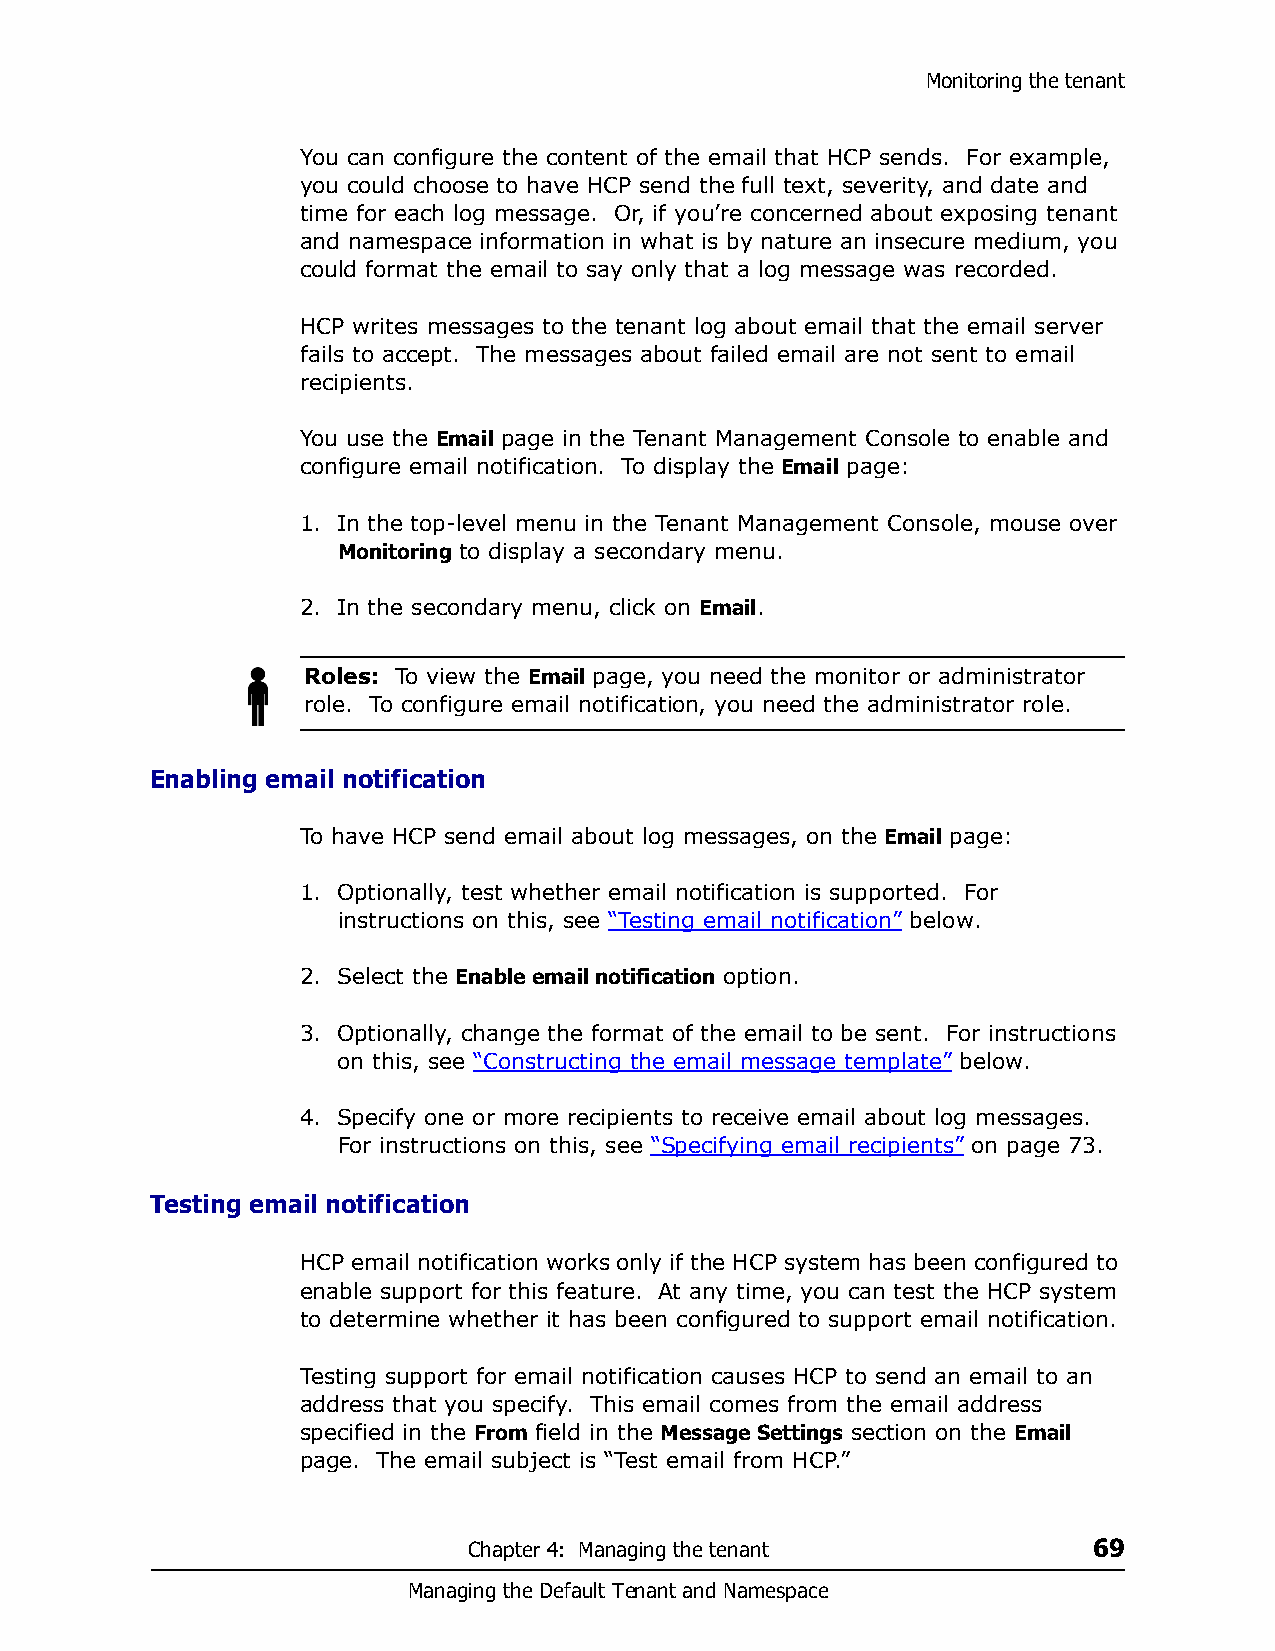
Monitoring the tenant
 You can configure the content of the email that HCP sends. For example,
 you could choose to have HCP send the full text, severity, and date and
 time for each log message. Or, if you’re concerned about exposing tenant
 and namespace information in what is by nature an insecure medium, you
 could format the email to say only that a log message was recorded.
 HCP writes messages to the tenant log about email that the email server
 fails to accept. The messages about failed email are not sent to email
 recipients.
 You use the Email page in the Tenant Management Console to enable and
 configure email notification. To display the Email page:
 1. In the top-level menu in the Tenant Management Console, mouse over
 Monitoring to display a secondary menu.
 2. In the secondary menu, click on Email.
 Roles: To view the Email page, you need the monitor or administrator
 role. To configure email notification, you need the administrator role.
 Enabling email notification
 To have HCP send email about log messages, on the Email page:
 1. Optionally, test whether email notification is supported. For
 instructions on this, see “Testing email notification” below.
 2. Select the Enable email notification option.
 3. Optionally, change the format of the email to be sent. For instructions
 on this, see “Constructing the email message template” below.
 4. Specify one or more recipients to receive email about log messages.
 For instructions on this, see “Specifying email recipients” on page 73.
 Testing email notification
 HCP email notification works only if the HCP system has been configured to
 enable support for this feature. At any time, you can test the HCP system
 to determine whether it has been configured to support email notification.
 Testing support for email notification causes HCP to send an email to an
 address that you specify. This email comes from the email address
 specified in the From field in the Message Settings section on the Email
 page. The email subject is “Test email from HCP.”
 Chapter 4: Managing the tenant           69
 Managing the Default Tenant and Namespace